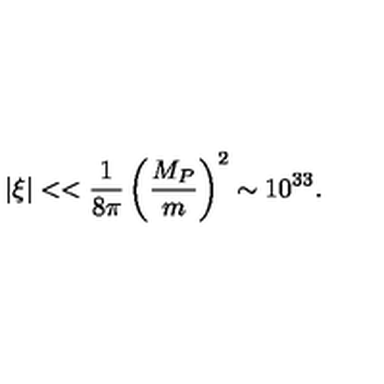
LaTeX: | \xi | < < \frac { 1 } { 8 \pi } \left( \frac { M _ { P } } { m } \right) ^ { 2 } \sim 1 0 ^ { 3 3 } .